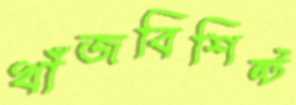
খাঁজবিশিষ্ট